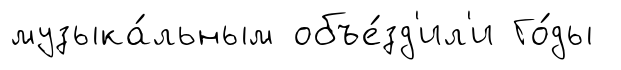
музыка́льным объе́зд'ил'и Го́ды